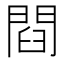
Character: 閰